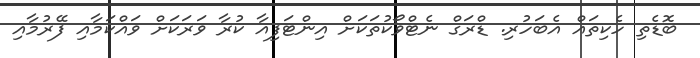
ބޮޑެތި ހެކިތައް އެބަހުރި. ޑްރަގް ނެޓްވޯކުތަކަށް އިންޓަފިއާ ކުރާ ވަރަކަށް ވައްކަމާއި ފޭރުމާއި